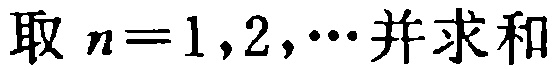
取 \(n = 1,2,\cdots\) 并求和